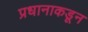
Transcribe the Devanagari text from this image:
प्रधानाकडून